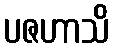
ပဇဟာသိ